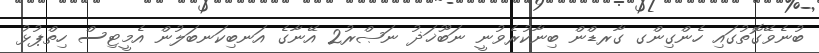
ބުނެވޭގޮތުގައި ހެންގިންގ ގާރޑްން ބިނާކުރެވުނީ ނަބޫޚަޛު ނަޞްރު2 އޭނާގެ އަނބިކަނބަލުން އެމީޓިސް ހިތްޕުޅު